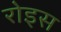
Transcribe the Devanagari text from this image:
रोइस